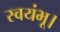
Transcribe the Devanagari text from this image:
स्वयंभू।